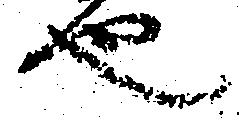
也